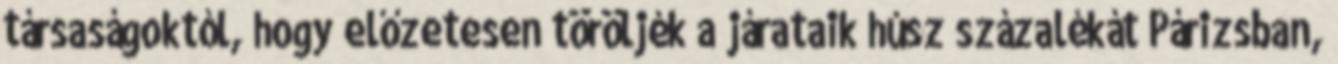
társaságoktól, hogy előzetesen töröljék a járataik húsz százalékát Párizsban,